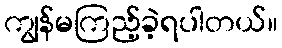
ကျွန်မကြည့်ခဲ့ရပါတယ်။